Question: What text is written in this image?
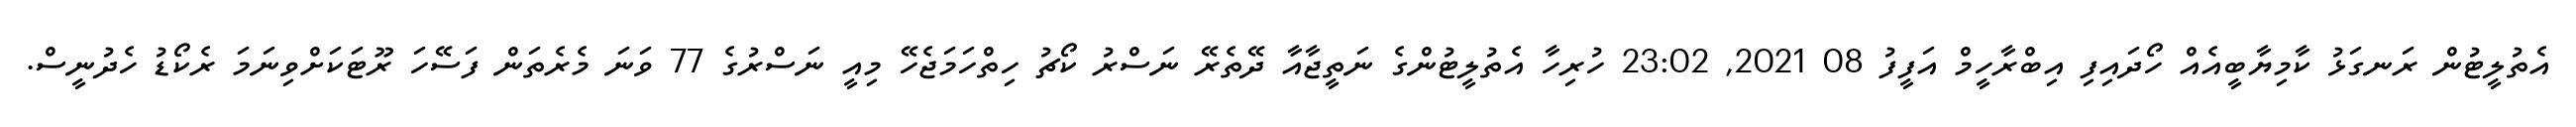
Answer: އެތުލީޓުން ރަނގަޅު ކާމިޔާބީއެއް ހޯދައިފި އިބްރާހީމް އަފީފު 08 2021, 23:02 ހުރިހާ އެތުލީޓުންގެ ނަތީޖާއާ ދޭތެރޭ ނަސްރު ކޯޗު ހިތްހަމަޖެހޭ މިއީ ނަސްރުގެ 77 ވަނަ މެރެތަން ފަސޭހަ ރޫޓަކަށްވިނަމަ ރެކޯޑު ހެދުނީސް.